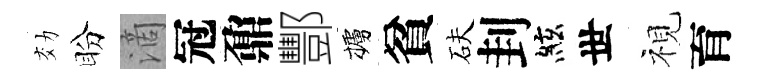
効盼滴冠鼐酆櫨貧砆刲絃世視育